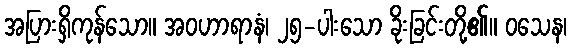
အပြားရှိကုန်သော။ အဝဟာရာနံ၊ ၂၅-ပါးသော ခိုးခြင်းတို့၏။ ဝသေန၊